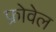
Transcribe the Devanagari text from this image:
फ्रोवेल